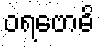
ဝရဗောဓိ